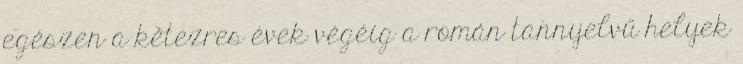
egészen a kétezres évek végéig a román tannyelvű helyek